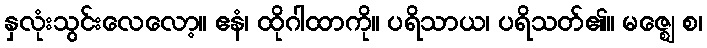
နှလုံးသွင်းလေလော့။ ဧနံ၊ ထိုဂါထာကို။ ပရိသာယ၊ ပရိသတ်၏။ မဇ္ဈေ စ၊